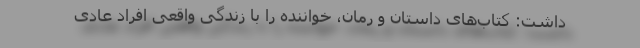
داشت: کتاب‌های داستان و رمان، خواننده را با زندگی واقعی افراد عادی